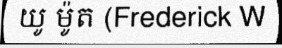
យូ ម៉ូត (Frederick W